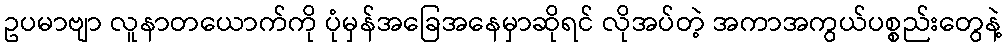
ဥပမာဗျာ လူနာတယောက်ကို ပုံမှန်အခြေအနေမှာဆိုရင် လိုအပ်တဲ့ အကာအကွယ်ပစ္စည်းတွေနဲ့